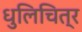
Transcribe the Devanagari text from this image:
धुलिचित्र